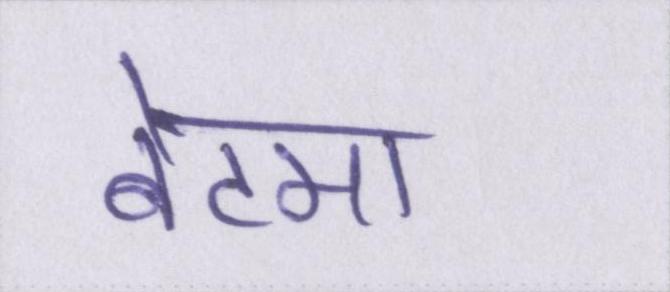
बेटमा